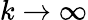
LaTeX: k\to\infty